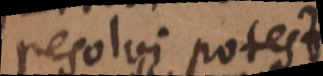
resolvi potest.